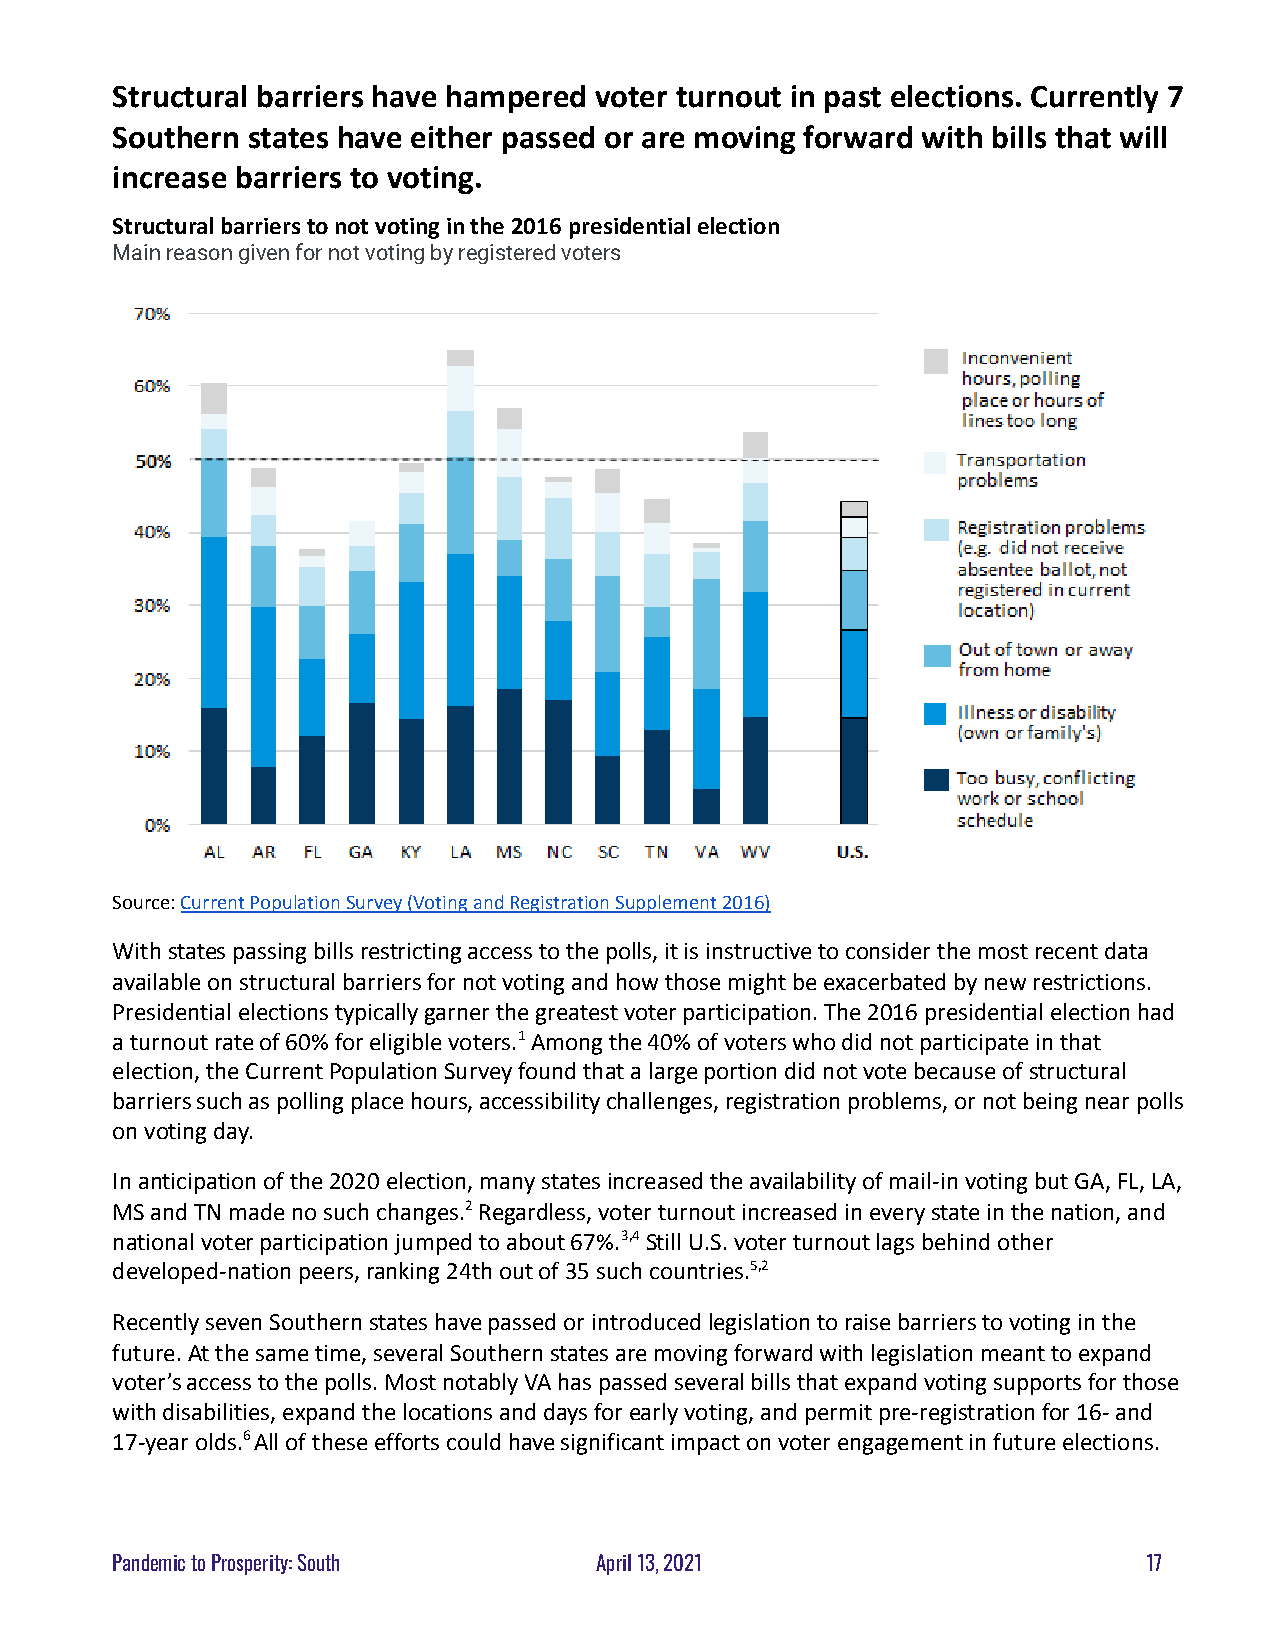
Structural barriers have hampered voter turnout in past elections. Currently 7
 Southern states have either passed or are moving forward with bills that will
 increase barriers to voting.
 Structural barriers to not voting in the 2016 presidentialelection
 Main reason given for not voting by registered voters
 Source:Current Population Survey (Voting and RegistrationSupplement 2016)
 With states passing bills restricting access to thepolls, it is instructive to consider the most recentdata
 available on structural barriers for not voting andhow those might be exacerbated by new restrictions.
 Presidential elections typically garner the greatestvoter participation. The 2016 presidential electionhad
 a turnout rate of 60% for eligible voters.1Amongthe 40% of voters who did not participate in that
 election, the Current Population Survey found thata large portion did not vote because of structural
 barriers such as polling place hours, accessibilitychallenges, registration problems, or not being nearpolls
 on voting day.
 In anticipation of the 2020 election, many statesincreased the availability of mail-in voting but GA,FL, LA,
 MS and TN made no such changes.2Regardless, voterturnout increased in every state in the nation, and
 national voter participation jumped to about 67%.3,4Still U.S. voter turnout lags behind other
 developed-nation peers, ranking 24th out of 35 suchcountries.5,2
 Recently seven Southern states have passed or introducedlegislation to raise barriers to voting in the
 future. At the same time, several Southern statesare moving forward with legislation meant to expand
 voter’s access to the polls. Most notably VA has passedseveral bills that expand voting supports for those
 with disabilities, expand the locations and days forearly voting, and permit pre-registration for 16-and
 17-year olds.6All of these efforts could have significantimpact on voter engagement in future elections.
 Pandemic to Prosperity: South   April 13, 2021                       17